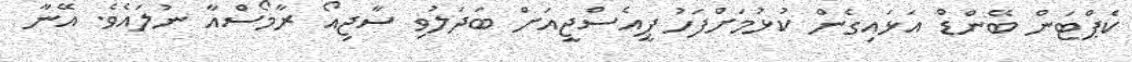
ކެޕްޓަން ބޭންޑް އަޅައިގެން ކުޅުމަށްފަހު ޕީއެސްޖީއަށް ބަދަލުވި ސާޖިއޯ ރާމޯސްއާ ނުލައެވެ. އޭނާ